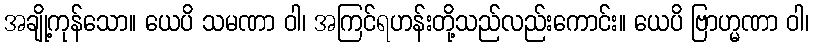
အချို့ကုန်သော။ ယေပိ သမဏာ ဝါ၊ အကြင်ရဟန်းတို့သည်လည်းကောင်း။ ယေပိ ဗြာဟ္မဏာ ဝါ၊